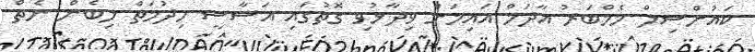
ކައުންސިލް މެމްބަރު އާދަމް އައިމަން ވިދާޅުވި ގޮތުގައި އަސާސީ ހިދުމަތް ލިބެން ނެތް